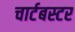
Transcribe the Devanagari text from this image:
चार्टबस्टर